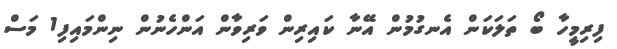
ފިރިމީހާ ބޯ ތަލަކަން އެނގުމުން އޭނާ ކައިރިން ވަރިވާން އަންހެނުން ނިންމައިފި1 މަސް